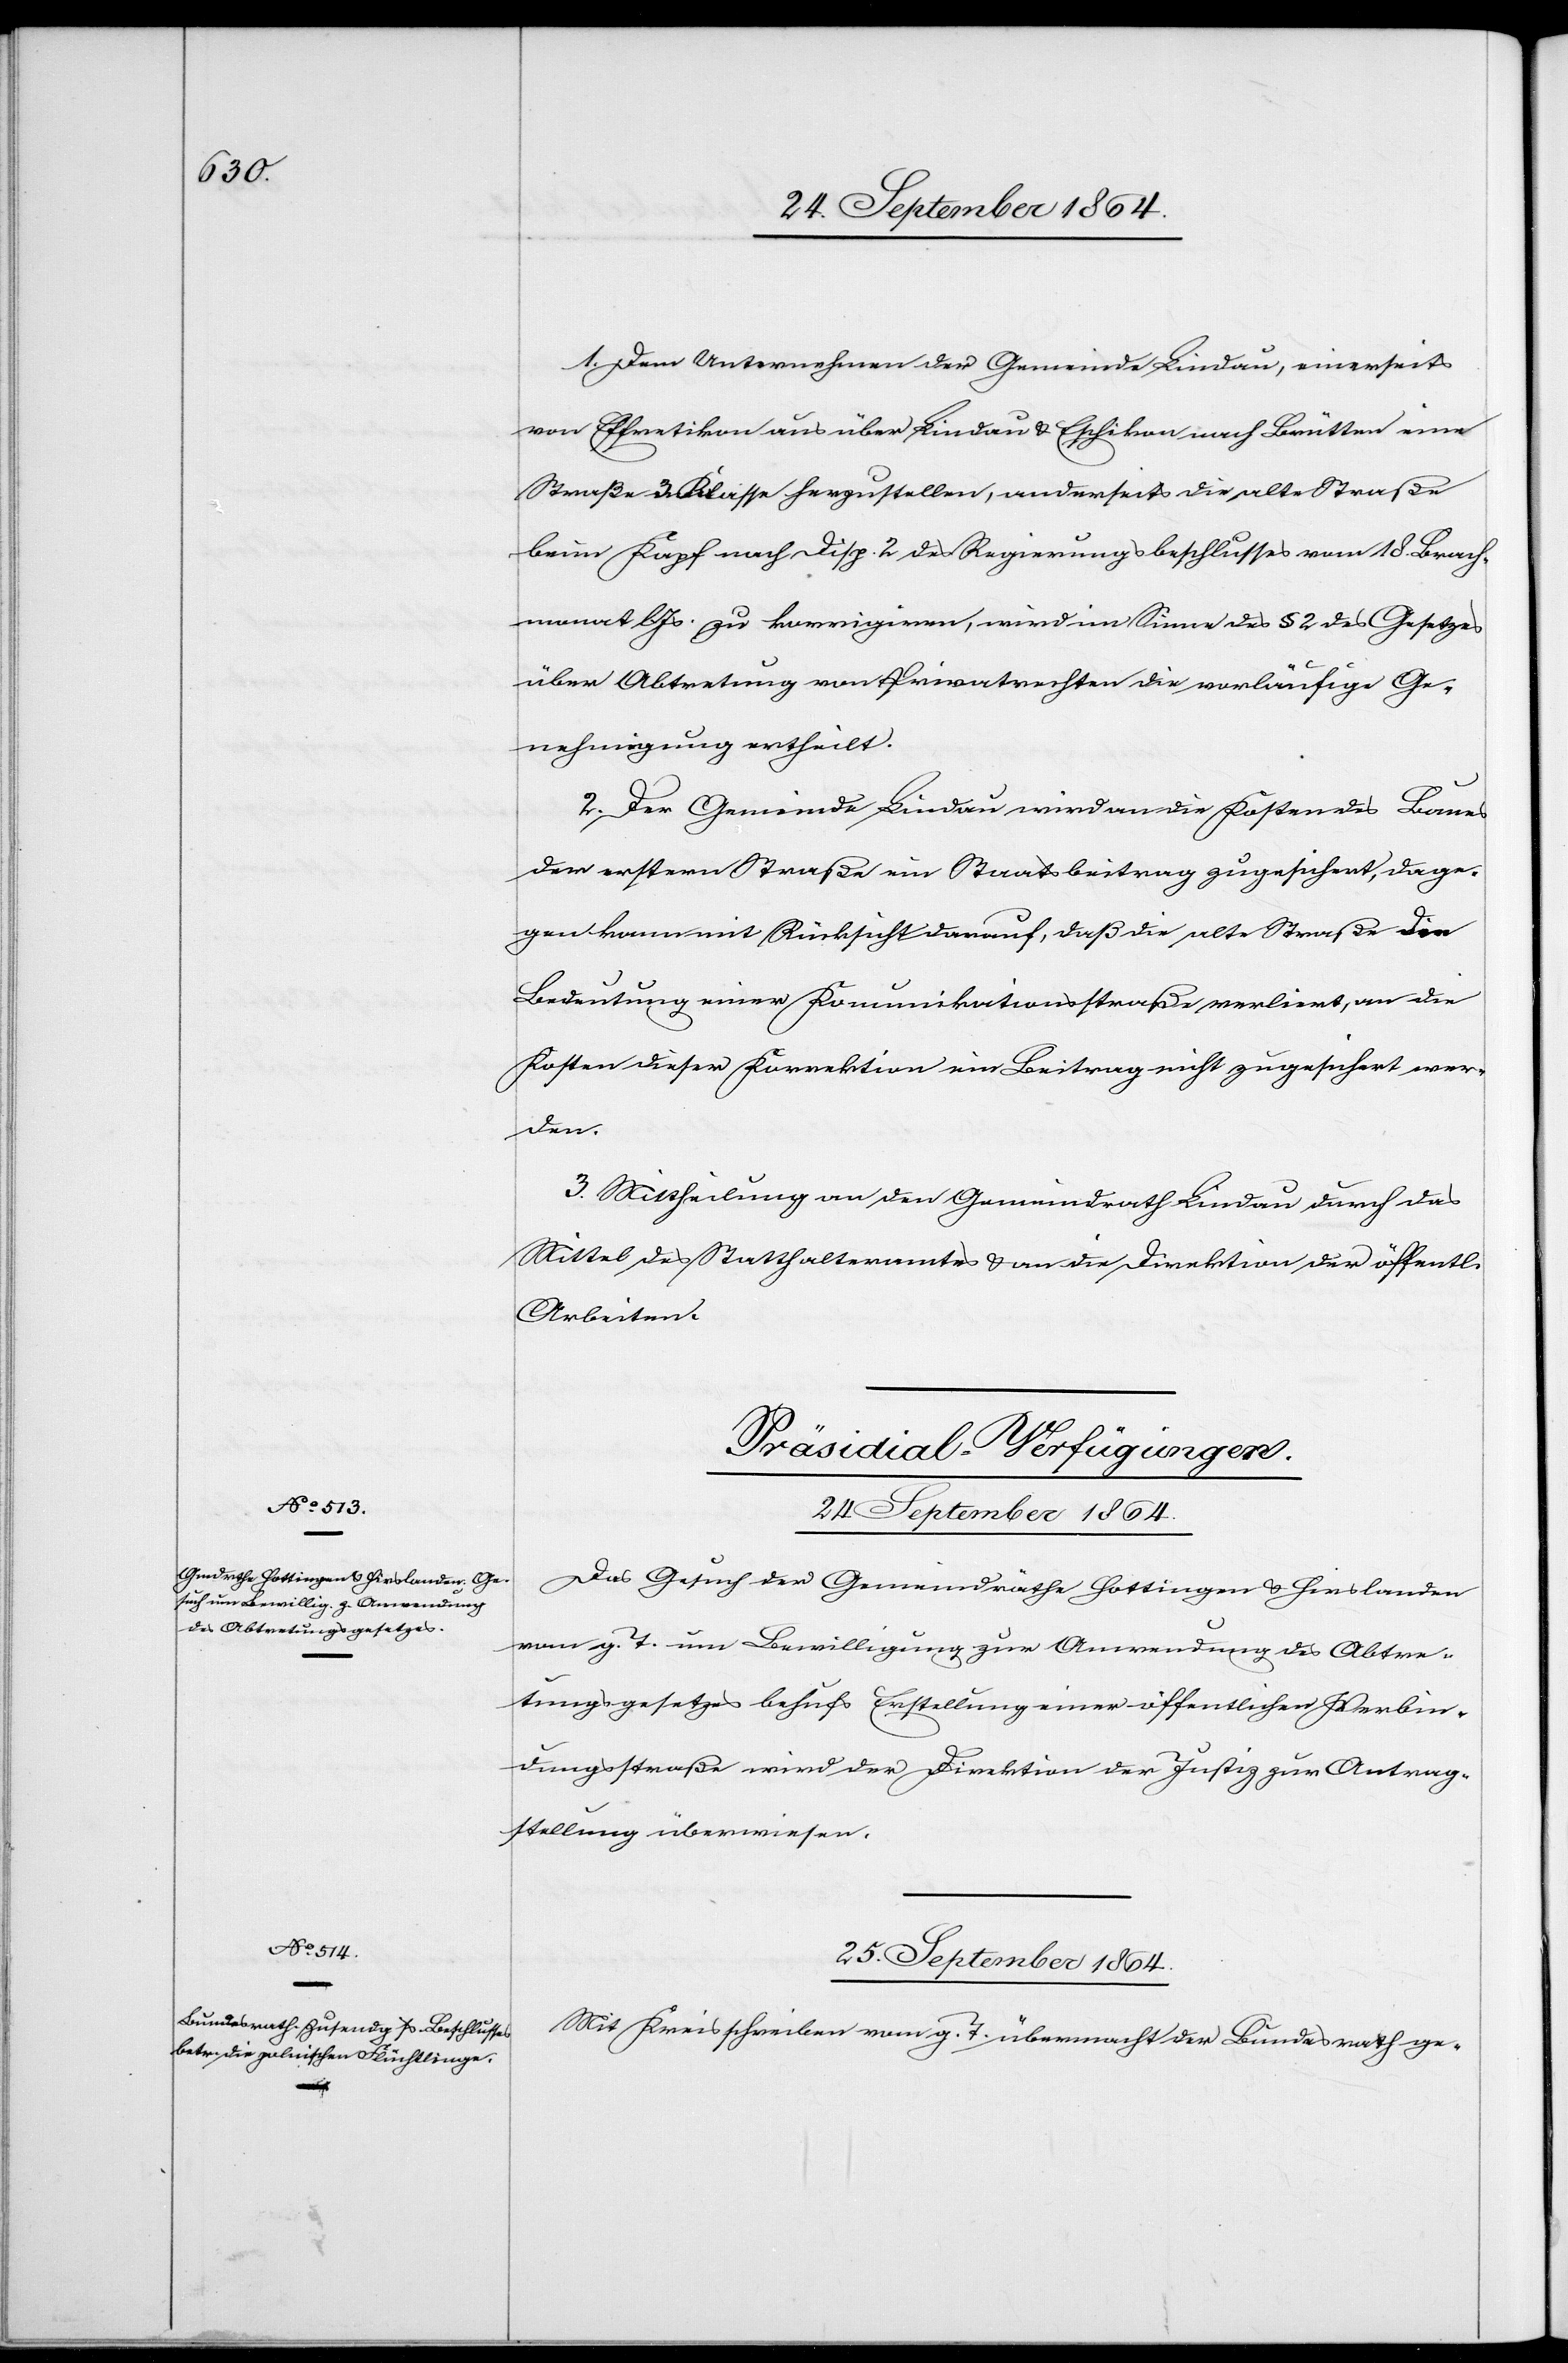
1. Dem Unternehmen der Gemeinde Lindau, einerseits
von Effretikon aus über Lindau & Eschikon nach Brütten eine
Straße 3. Klasse herzustellen, anderseits die alte Straße
beim Kapf nach Disp. 2 des Regierungsbeschlusses vom 18. Brach¬
monat l. Js. zu korrigieren, wird im Sinne des § 2 des Gesetzes
über Abtretung von Privatrechten die vorläufige Ge¬
nehmigung ertheilt.
2. Der Gemeinde Lindau wird an die Kosten des Baues
der erstern Straße ein Staatsbeitrag zugesichert, dage¬
gen kann mit Rücksicht darauf, daß die alte Straße die
Bedeutung einer Kommunikationsstraße verliert, an die
Kosten dieser Korrektion ein Beitrag nicht zugesichert wer¬
den.
3. Mittheilung an den Gemeindrath Lindau durch das
Mittel des Statthalteramtes & an die Direktion der öffentl.
Arbeiten.
[Präsidial-Verfügungen.]
25. September 1864.
Das Gesuch der Gemeindräthe Hottingen & Hirslanden
vom g. T. um Bewilligung zur Anwendung des Abtre¬
tungsgesetzes behufs Erstellung einer öffentlichen Verbin¬
dungsstraße wird der Direktion der Justiz zur Antrag¬
stellung überwiesen.
Mit Kreisschreiben vom g. T. übermacht der Bundesrath ge-